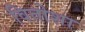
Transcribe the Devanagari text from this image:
वितोशा